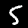
Label: 5